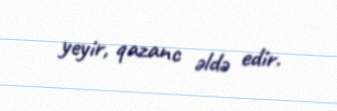
yeyir, qazanc әldә edir.